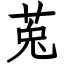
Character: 莵